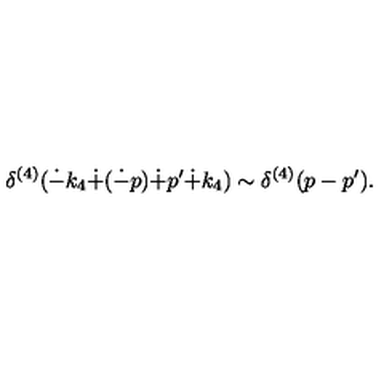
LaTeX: \delta ^ { ( 4 ) } ( \dot { - } k _ { 4 } \dot { + } ( \dot { - } p ) \dot { + } p ^ { \prime } \dot { + } k _ { 4 } ) \sim \delta ^ { ( 4 ) } ( p - p ^ { \prime } ) .